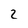
Character: 2